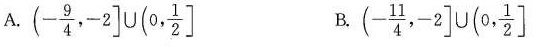
A. $$\left ( - \frac { 9 } { 4 } , - 2 \right ] \cup \left ( 0 , \frac { 1 } { 2 } \right ]$$ B. $$\left ( - \frac { 1 1 } { 4 } , - 2 \right ] \cup \left ( 0 , \frac { 1 } { 2 } \right ]$$